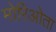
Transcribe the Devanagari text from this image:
मोरिओता